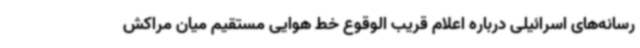
رسانه‌های اسرائیلی درباره اعلام قریب الوقوع خط هوایی مستقیم میان مراکش